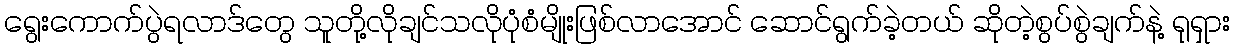
ရွေးကောက်ပွဲရလာဒ်တွေ သူတို့လိုချင်သလိုပုံစံမျိုးဖြစ်လာအောင် ဆောင်ရွက်ခဲ့တယ် ဆိုတဲ့စွပ်စွဲချက်နဲ့ ရုရှား